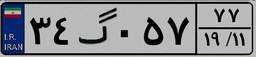
۳۴گ۰۵۷۷۷